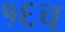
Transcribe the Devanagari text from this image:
१६च